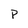
Character: p